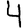
Digit: 4